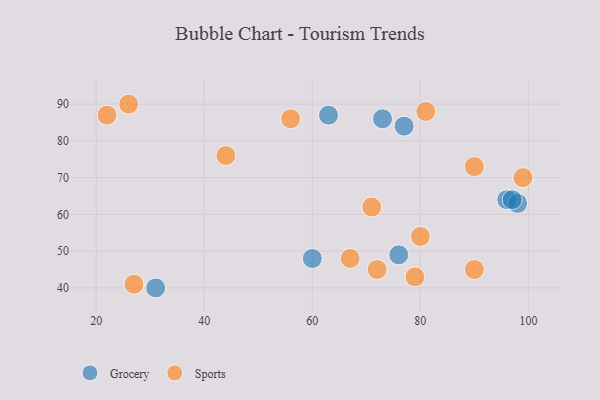
{"axis": {"x": "GDP", "y": "Life Expectancy"}, "legend": ["Grocery", "Sports"], "data": [{"x": "60", "y": 48, "type": "Grocery"}, {"x": "96", "y": 64, "type": "Grocery"}, {"x": "77", "y": 84, "type": "Grocery"}, {"x": "76", "y": 49, "type": "Grocery"}, {"x": "63", "y": 87, "type": "Grocery"}, {"x": "31", "y": 40, "type": "Grocery"}, {"x": "98", "y": 63, "type": "Grocery"}, {"x": "97", "y": 64, "type": "Grocery"}, {"x": "73", "y": 86, "type": "Grocery"}, {"x": "22", "y": 87, "type": "Sports"}, {"x": "56", "y": 86, "type": "Sports"}, {"x": "99", "y": 70, "type": "Sports"}, {"x": "27", "y": 41, "type": "Sports"}, {"x": "67", "y": 48, "type": "Sports"}, {"x": "71", "y": 62, "type": "Sports"}, {"x": "79", "y": 43, "type": "Sports"}, {"x": "80", "y": 54, "type": "Sports"}, {"x": "44", "y": 76, "type": "Sports"}, {"x": "72", "y": 45, "type": "Sports"}, {"x": "90", "y": 73, "type": "Sports"}, {"x": "90", "y": 45, "type": "Sports"}, {"x": "26", "y": 90, "type": "Sports"}, {"x": "81", "y": 88, "type": "Sports"}]}